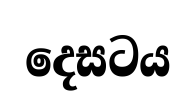
දෙසටය